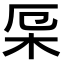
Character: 𣐃